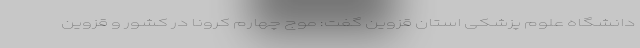
دانشگاه علوم پزشکی استان قزوین گفت: موج چهارم کرونا در کشور و قزوین